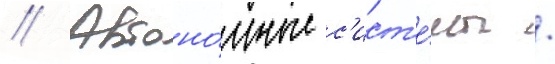
// Автоно́мные с'ист'е́мы /